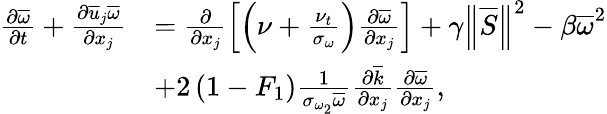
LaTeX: \begin{array}{rl}{\frac{\partial\overline{{\omega}}}{\partial t}+\frac{\partial\overline{{u}}_{j}\overline{{\omega}}}{\partial x_{j}}}&{=\frac{\partial}{\partial x_{j}}\left[\left(\nu+\frac{\nu_{t}}{\sigma_{\omega}}\right)\frac{\partial\overline{{\omega}}}{\partial x_{j}}\right]+\gamma\left\Vert\overline{{S}}\right\Vert^{2}-\beta\overline{{\omega}}^{2}}\\ &{+2\left(1-F_{1}\right)\frac{1}{\sigma_{\omega_{2}}\overline{{\omega}}}\frac{\partial\overline{{k}}}{\partial x_{j}}\frac{\partial\overline{{\omega}}}{\partial x_{j}},}\end{array}